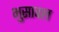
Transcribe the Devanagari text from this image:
भुुसावल